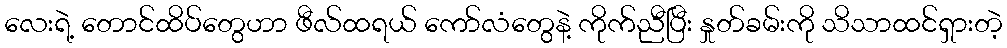
လေးရဲ့ တောင်ထိပ်တွေဟာ ဖီလ်ထရယ် ကော်လံတွေနဲ့ ကိုက်ညီပြီး နှုတ်ခမ်းကို သိသာထင်ရှားတဲ့